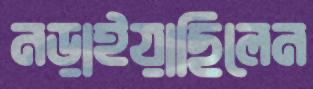
নড়াইয়াছিলেন